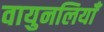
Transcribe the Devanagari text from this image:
वायुनलियाँ